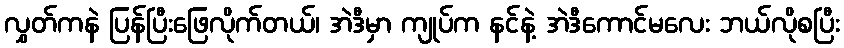
လွှတ်ကနဲ ပြန်ပြီးဖြေလိုက်တယ်၊ အဲဒီမှာ ကျုပ်က နင်နဲ့ အဲဒီကောင်မလေး ဘယ်လိုစပြီး